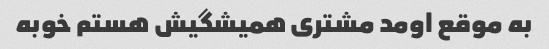
به موقع اومد مشتری همیشگیش هستم خوبه